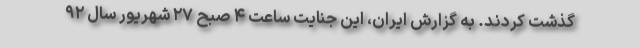
گذشت کردند. به گزارش ایران، این جنایت ساعت ۴ صبح ۲۷ شهریور سال ۹۲